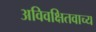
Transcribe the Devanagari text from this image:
अविवक्षितवाच्य